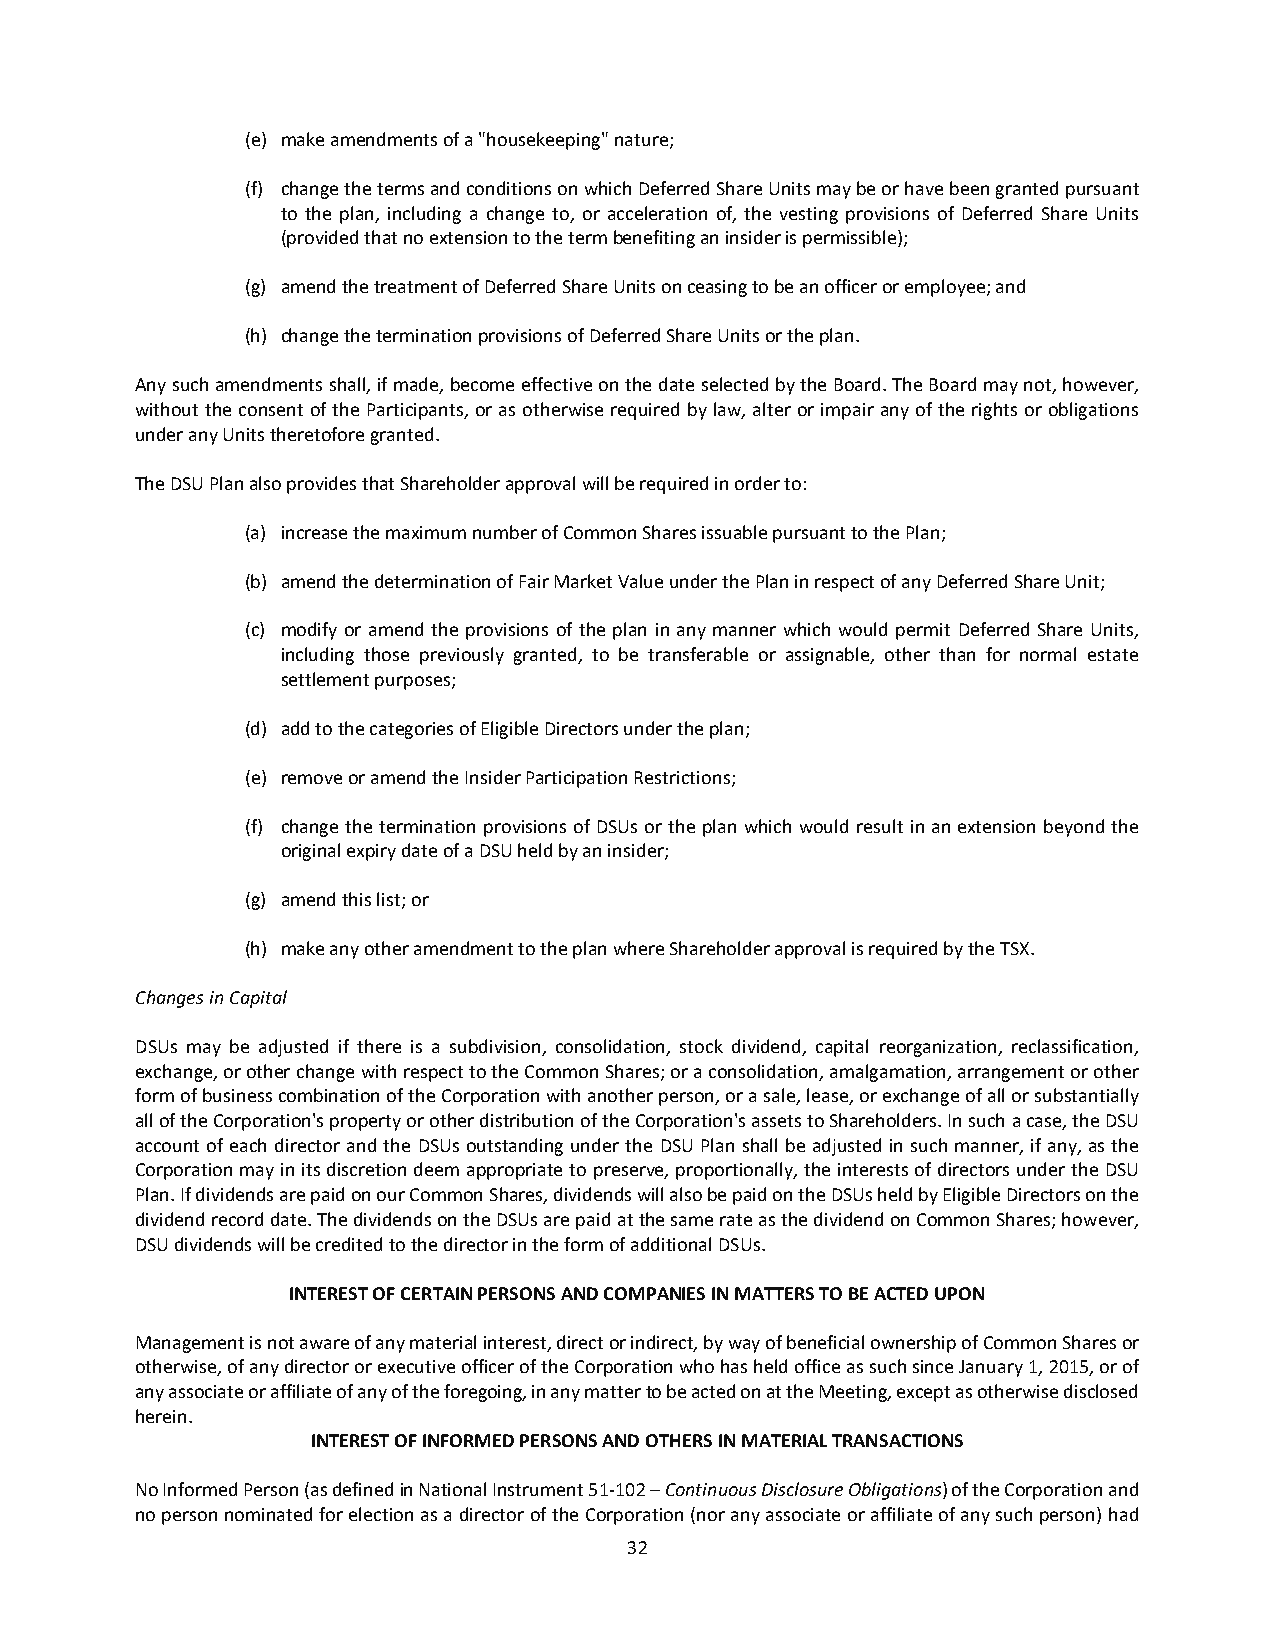
(e) make amendments of a "housekeeping" nature;
 (f) change the terms and conditions on which Deferred Share Units may be or have been granted pursuant
 to the plan, including a change to, or acceleration of, the vesting provisions of Deferred Share Units
 (provided that no extension to the term benefiting an insider is permissible);
 (g) amend the treatment of Deferred Share Units on ceasing to be an officer or employee; and
 (h) change the termination provisions of Deferred Share Units or the plan.
 Any such amendments shall, if made, become effective on the date selected by the Board. The Board may not, however,
 without the consent of the Participants, or as otherwise required by law, alter or impair any of the rights or obligations
 under any Units theretofore granted.
 The DSU Plan also provides that Shareholder approval will be required in order to:
 (a) increase the maximum number of Common Shares issuable pursuant to the Plan;
 (b) amend the determination of Fair Market Value under the Plan in respect of any Deferred Share Unit;
 (c) modify or amend the provisions of the plan in any manner which would permit Deferred Share Units,
 including those previously granted, to be transferable or assignable, other than for normal estate
 settlement purposes;
 (d) add to the categories of Eligible Directors under the plan;
 (e) remove or amend the Insider Participation Restrictions;
 (f) change the termination provisions of DSUs or the plan which would result in an extension beyond the
 original expiry date of a DSU held by an insider;
 (g) amend this list; or
 (h) make any other amendment to the plan where Shareholder approval is required by the TSX.
 Changes in Capital
 DSUs may be adjusted if there is a subdivision, consolidation, stock dividend, capital reorganization, reclassification,
 exchange, or other change with respect to the Common Shares; or a consolidation, amalgamation, arrangement or other
 form of business combination of the Corporation with another person, or a sale, lease, or exchange of all or substantially
 all of the Corporation's property or other distribution of the Corporation's assets to Shareholders. In such a case, the DSU
 account of each director and the DSUs outstanding under the DSU Plan shall be adjusted in such manner, if any, as the
 Corporation may in its discretion deem appropriate to preserve, proportionally, the interests of directors under the DSU
 Plan. If dividends are paid on our Common Shares, dividends will also be paid on the DSUs held by Eligible Directors on the
 dividend record date. The dividends on the DSUs are paid at the same rate as the dividend on Common Shares; however,
 DSU dividends will be credited to the director in the form of additional DSUs.
 INTEREST OF CERTAIN PERSONS AND COMPANIES IN MATTERS TO BE ACTED UPON
 Management is not aware of any material interest, direct or indirect, by way of beneficial ownership of Common Shares or
 otherwise, of any director or executive officer of the Corporation who has held office as such since January 1, 2015, or of
 any associate or affiliate of any of the foregoing, in any matter to be acted on at the Meeting, except as otherwise disclosed
 herein.
 INTEREST OF INFORMED PERSONS AND OTHERS IN MATERIAL TRANSACTIONS
 No Informed Person (as defined in National Instrument 51-102 – Continuous Disclosure Obligations) of the Corporation and
 no person nominated for election as a director of the Corporation (nor any associate or affiliate of any such person) had
 32